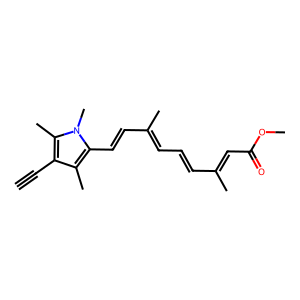
SMILES: C#Cc1c(C)c(C=CC(C)=CC=CC(C)=CC(=O)OC)n(C)c1C
Inhibits HIV replication: No